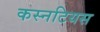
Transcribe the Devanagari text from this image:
कस्नटियस